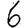
Digit: 6